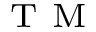
^ { \mathrm { ~ \sc ~ T ~ M ~ } }